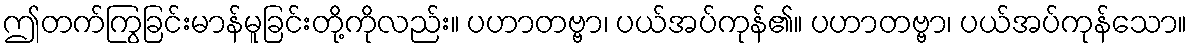
ဤတက်ကြွခြင်းမာန်မူခြင်းတို့ကိုလည်း။ ပဟာတဗ္ဗာ၊ ပယ်အပ်ကုန်၏။ ပဟာတဗ္ဗာ၊ ပယ်အပ်ကုန်သော။